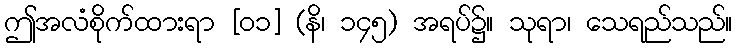
ဤအလံစိုက်ထားရာ [၀၁] (နိ၊ ၁၄၅) အရပ်၌။ သုရာ၊ သေရည်သည်။